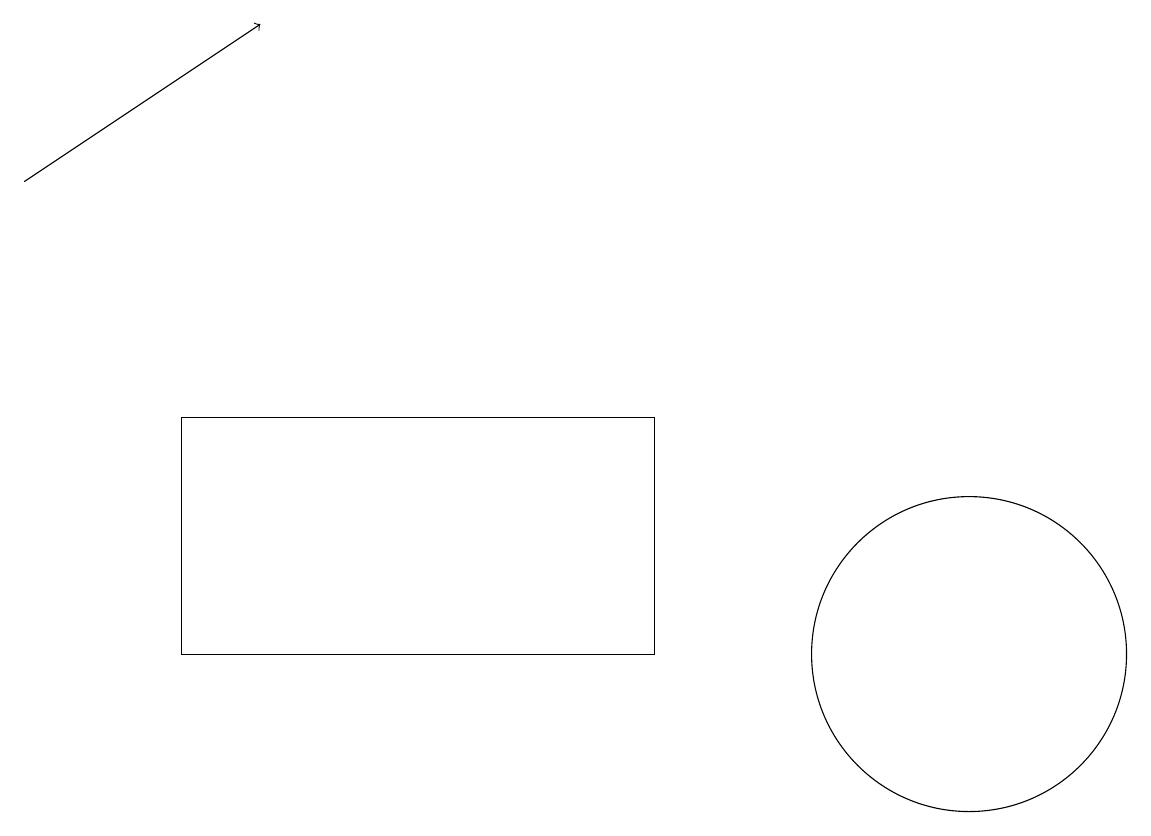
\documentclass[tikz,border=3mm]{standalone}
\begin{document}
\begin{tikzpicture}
\draw (8,13) rectangle (2,10);
\draw[->] (0,16) -- (3,18);
\draw (12,10) circle (2);
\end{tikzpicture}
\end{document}